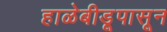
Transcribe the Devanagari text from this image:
हाळेबीडूपासून